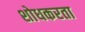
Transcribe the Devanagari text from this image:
शोधकरता